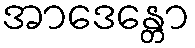
အာဒေန္တော